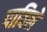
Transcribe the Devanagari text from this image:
पाविले